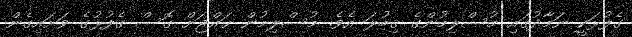
ގެފުޅަކީ ނަމާދުގައި މުސްލިމުންގެ ޤިބުލަ އެވެ. މުސްލިމުން ޙައްޖަށް ގޮސް ގެފުޅުގެ ވަށައިގެން